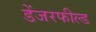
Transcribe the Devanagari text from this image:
डेंजरफील्ड